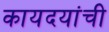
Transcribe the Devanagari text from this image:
कायदयांची